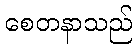
စေတနာသည်